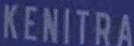
KENITRA